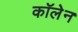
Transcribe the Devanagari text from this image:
कॉलेन